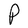
Character: P